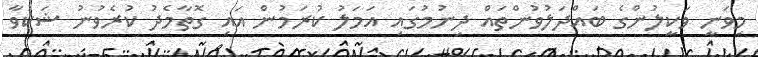
މިވަނީ ވަކީލުންގެ ބައްދަލުވުންތައް ދިނުމުގައި އަމަލު ކުރަމުން އައި ގޮތާމެދު ކުރެވުނު ޝަކުވާ